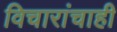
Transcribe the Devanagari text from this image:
विचारांचाही